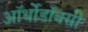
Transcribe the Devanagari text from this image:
ऑर्थोडॉक्सी